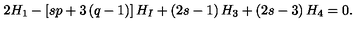
2 H _ { 1 } - \left[ s p + 3 \left( q - 1 \right) \right] H _ { I } + \left( 2 s - 1 \right) H _ { 3 } + \left( 2 s - 3 \right) H _ { 4 } = 0 .